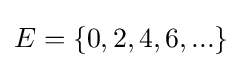
E=\{0,2,4,6,{\text{...}}\}